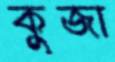
কুজা